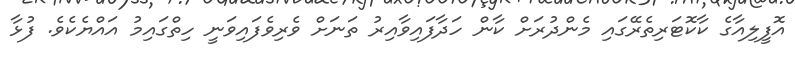
އޮފީލިއާގެ ކާކޮޓަރިތެރޭގައި މެންދުރަށް ކާން ހަދާފައިވާއިރު ތަނަށް ވެރިވެފައިވަނީ ހިތްގައިމު އައްޔެކެވެ. ފުޅާ